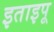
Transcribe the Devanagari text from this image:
इताइपू